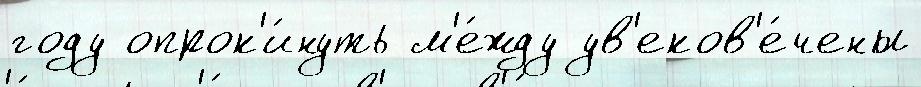
году опрок'и́нуть м'е́жду ув'еков'е́чены